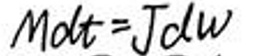
$Mdt = Jdw$